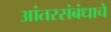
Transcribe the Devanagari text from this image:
आंतरसंबंधाचे